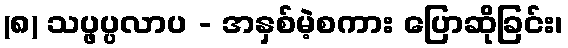
(၈) သပ္ဖပ္ပလာပ - အနှစ်မဲ့စကား ပြောဆိုခြင်း၊